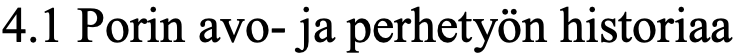
4.1 Porin avo- ja perhetyön historiaa